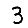
Digit: 3